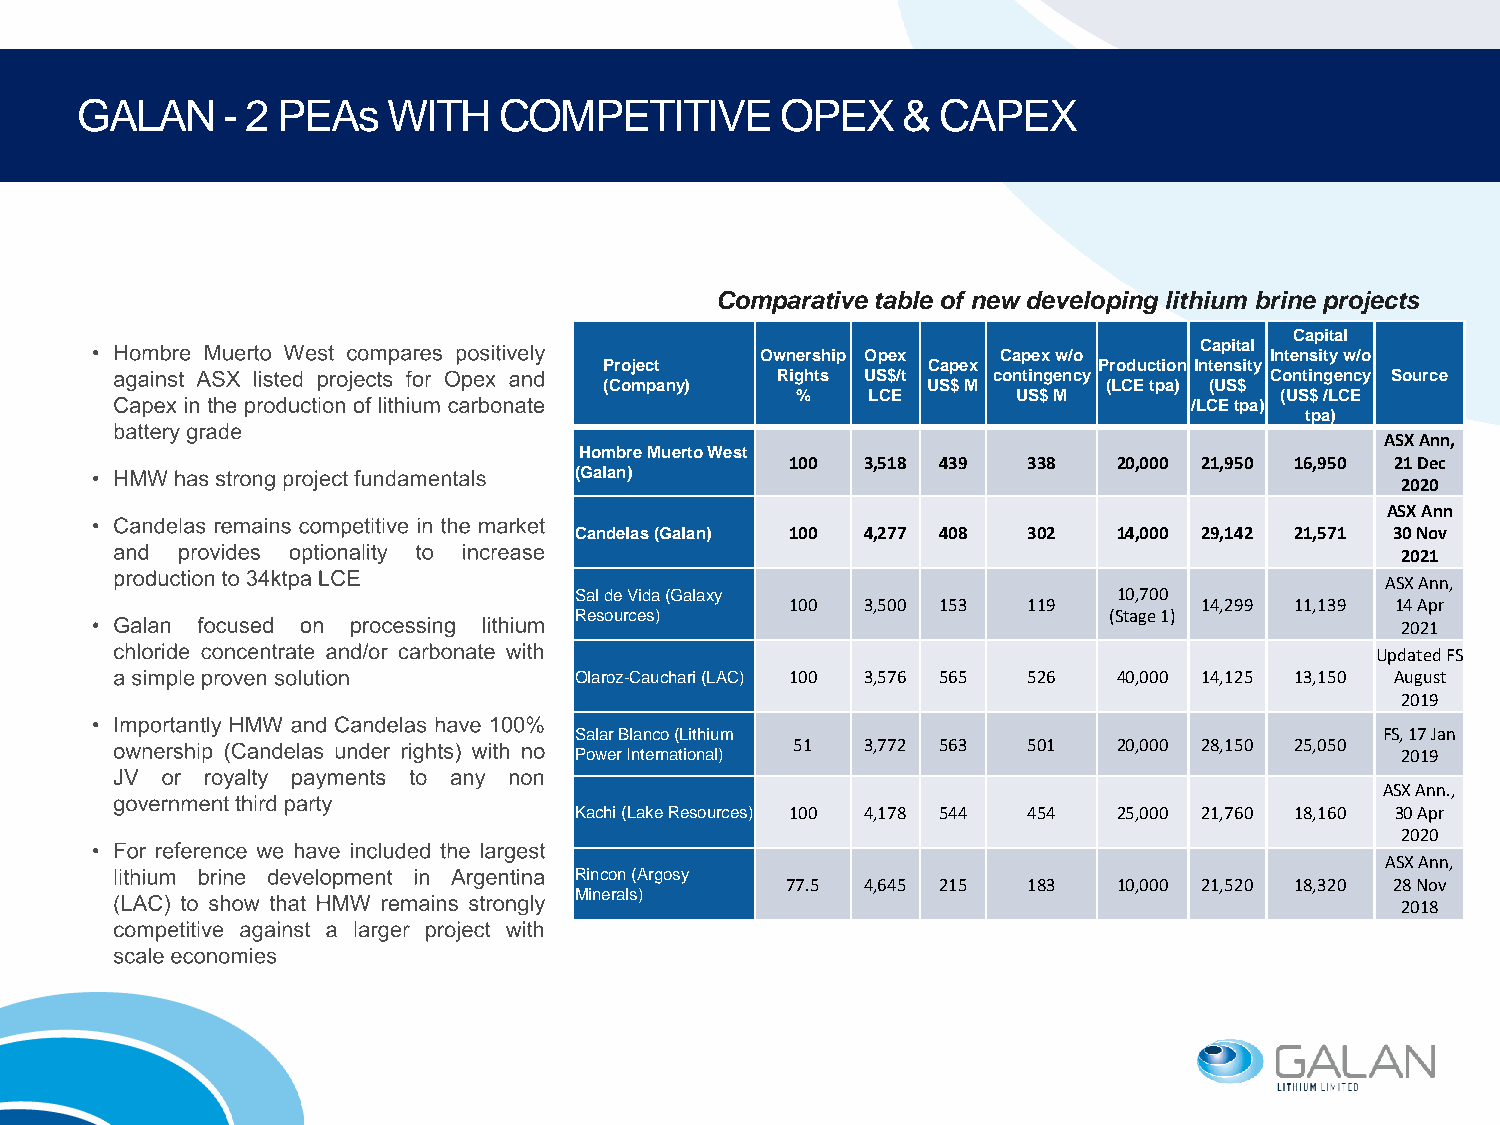
GALAN     - 2 PEAs   WITH   COMPETITIVE        OPEX    & CAPEX
 Comparative table of new developing lithium brine projects
 Capital
 Capital
 Ownership Opex  Capex w/o         Intensity w/o
 Project              Capex       Production Intensity
 Rights US$/t   contingency       Contingency Source
 (Company)            US$ M       (LCE tpa) (US$
 %    LCE      US$ M             (US$ /LCE
 /LCE tpa)
 tpa)
 ASX Ann,
 Hombre Muerto West
 100  3,518 439  338   20,000 21,950 16,950 21 Dec
 (Galan)
 2020
 ASX Ann
 Candelas (Galan) 100 4,277 408 302  14,000 29,142 21,571 30 Nov
 2021
 ASX Ann,
 Sal de Vida (Galaxy                 10,700
 100  3,500 153  119         14,299 11,139 14 Apr
 Resources)                         (Stage 1)
 2021
 Updated FS
 Olaroz-Cauchari (LAC) 100 3,576 565 526 40,000 14,125 13,150 August
 2019
 Salar Blanco (Lithium                                 FS, 17 Jan
 51  3,772 563  501   20,000 28,150 25,050
 Power International)                                   2019
 ASX Ann.,
 Kachi (Lake Resources) 100 4,178 544 454 25,000 21,760 18,160 30 Apr
 2020
 ASX Ann,
 Rincon (Argosy
 77.5 4,645 215  183   10,000 21,520 18,320 28 Nov
 Minerals)
 2018